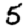
Digit: 5